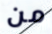
من